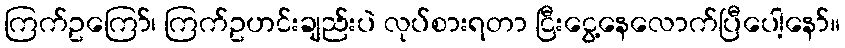
ကြက်ဥကြော်၊ ကြက်ဥဟင်းချည်းပဲ လုပ်စားရတာ ငြီးငွေ့နေလောက်ပြီပေါ့နော်။